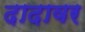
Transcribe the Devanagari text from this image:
दादावर